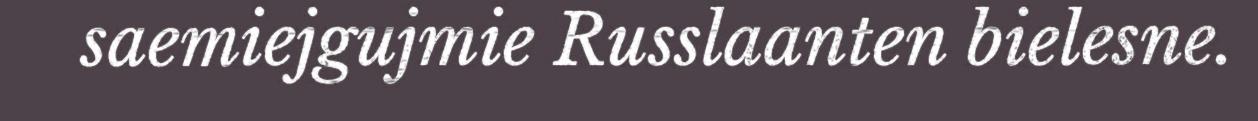
saemiejgujmie Russlaanten bielesne.